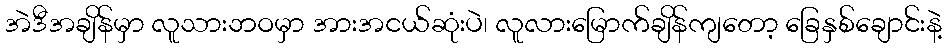
အဲဒီအချိန်မှာ လူသားဘဝမှာ အားအငယ်ဆုံးပဲ၊ လူလားမြောက်ချိန်ကျတော့ ခြေနှစ်ချောင်းနဲ့